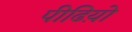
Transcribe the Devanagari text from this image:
पीढिय़ो